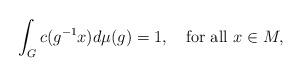
LaTeX: \begin{align*}\int_{G}c(g^{-1}x)d\mu(g)=1,\quad\mbox{for all}~x\in M,\end{align*}